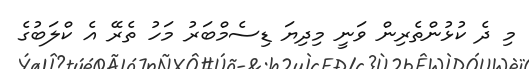
މި ދެ ކުޅުންތެރިން ވަނީ މިދިޔަ ޑިސެމްބަރު މަހު ތެރޭ އެ ކްލަބުގެ